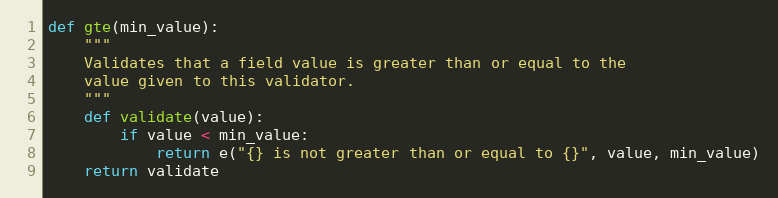
Language: Python
def gte(min_value):
    """
    Validates that a field value is greater than or equal to the
    value given to this validator.
    """
    def validate(value):
        if value < min_value:
            return e("{} is not greater than or equal to {}", value, min_value)
    return validate